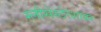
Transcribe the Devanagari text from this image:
ग्लौसेस्टेरशायर